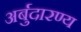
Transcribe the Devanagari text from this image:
अर्बुदारण्य